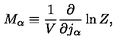
M _ { \alpha } \equiv \frac { 1 } { V } \frac { \partial } { \partial j _ { \alpha } } \ln Z ,